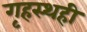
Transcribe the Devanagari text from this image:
गृहस्थही